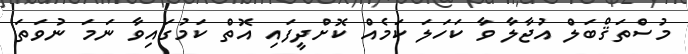
މުސްތަޤްބަލް އުޖާލާ ވާ ކަހަލަ ކަމެއް ކޮށްދީފައި އޮތް ކަމުގައިވާ ނަމަ ނުވަތަ